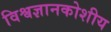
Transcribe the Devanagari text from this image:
विश्वज्ञानकोशीय